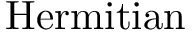
\operatorname { H e r m i t i a n }